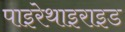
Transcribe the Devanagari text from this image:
पाइरेथाइराइड